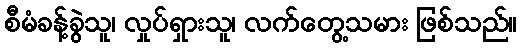
စီမံခန့်ခွဲသူ၊ လှုပ်ရှားသူ၊ လက်တွေ့သမား ဖြစ်သည်။